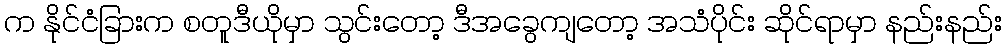
က နိုင်ငံခြားက စတူဒီယိုမှာ သွင်းတော့ ဒီအခွေကျတော့ အသံပိုင်း ဆိုင်ရာမှာ နည်းနည်း